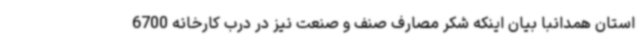
استان همدانبا بیان اینکه شکر مصارف صنف و صنعت نیز در درب کارخانه 6700